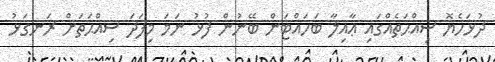
ދުޅަހެޔޮ ޞިއްޙަތެއްގައި ޢާއިލާ ބަހައްޓަން ބޭނުން ފުޅު ނަމަ މިފަދަ ސިއްޙަތަށް ރަނގަޅު